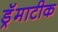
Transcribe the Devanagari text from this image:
ड्रॅमाटीक